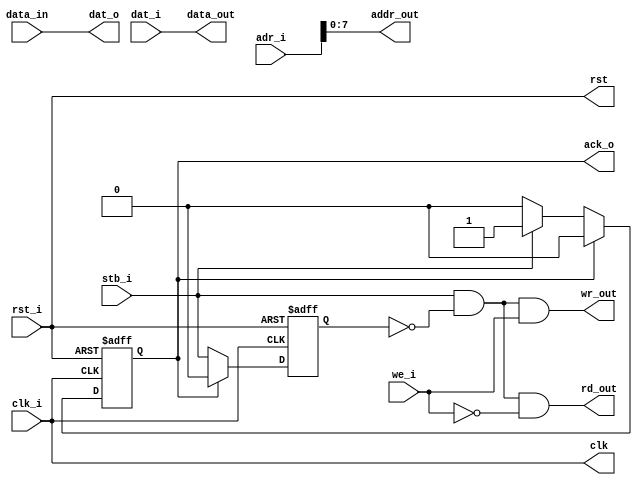
/*
 * wb_slv_wrapper.v
 * 
 * Copyright (c) 2012, BABY&HW. All rights reserved.
 *
 * This library is free software; you can redistribute it and/or
 * modify it under the terms of the GNU Lesser General Public
 * License as published by the Free Software Foundation; either
 * version 2.1 of the License, or (at your option) any later version.
 *
 * This library is distributed in the hope that it will be useful,
 * but WITHOUT ANY WARRANTY; without even the implied warranty of
 * MERCHANTABILITY or FITNESS FOR A PARTICULAR PURPOSE.  See the GNU
 * Lesser General Public License for more details.
 *
 * You should have received a copy of the GNU Lesser General Public
 * License along with this library; if not, write to the Free Software
 * Foundation, Inc., 51 Franklin Street, Fifth Floor, Boston,
 * MA 02110-1301  USA
 */

`timescale 1ns/1ns

module wb_slv_wrapper (
  // wishbone side
  input         rst_i,clk_i,
  input         stb_i,we_i,
  output        ack_o,
  input  [31:0] adr_i,  // in byte
  input  [31:0] dat_i,
  output [31:0] dat_o,
  // localbus side
  output        rst,clk,
  output        wr_out,rd_out,
  output [ 7:0] addr_out,  // in byte
  output [31:0] data_out,
  input  [31:0] data_in
);

reg  stb_i_d1;
wire stb_internal = stb_i && !stb_i_d1;
reg  ack_internal;

// localbus output
always @(posedge rst_i or posedge clk_i) begin
  if (rst_i)
    stb_i_d1 <= 1'b0;
  else if (ack_internal)
    stb_i_d1 <= 1'b0;
  else
    stb_i_d1 <= stb_i;
end

assign {rst, clk}     = {rst_i, clk_i};
assign wr_out         = stb_internal &&  we_i;
assign rd_out         = stb_internal && !we_i;
assign addr_out[ 7:0] = adr_i[ 7:0];
assign data_out[31:0] = dat_i[31:0];

// wishbone output
always @(posedge rst_i or posedge clk_i) begin
  if (rst_i)
    ack_internal <= 1'b0;
  else if (ack_internal)
    ack_internal <= 1'b0;
  else if (stb_i)
    ack_internal <= 1'b1;
  else
    ack_internal <= ack_internal;
end

assign ack_o       = ack_internal;
assign dat_o[31:0] = data_in[31:0];

endmodule